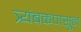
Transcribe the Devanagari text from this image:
त्र्यंबकपासून